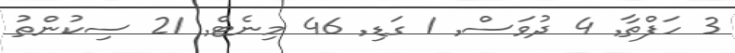
3 ހަފްތާ